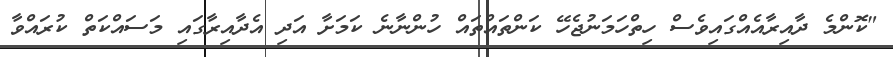
"ކޮންމެ ދާއިރާއެއްގައިވެސް ހިތްހަމަނުޖެހޭ ކަންތައްތައް ހުންނާނެ ކަމަށާ އަދި އެދާއިރާގައި މަސައްކަތް ކުރައްވާ